Annual statistical returns and brief notes on vaccination in Bengal - 1909-1929
Year: 1909
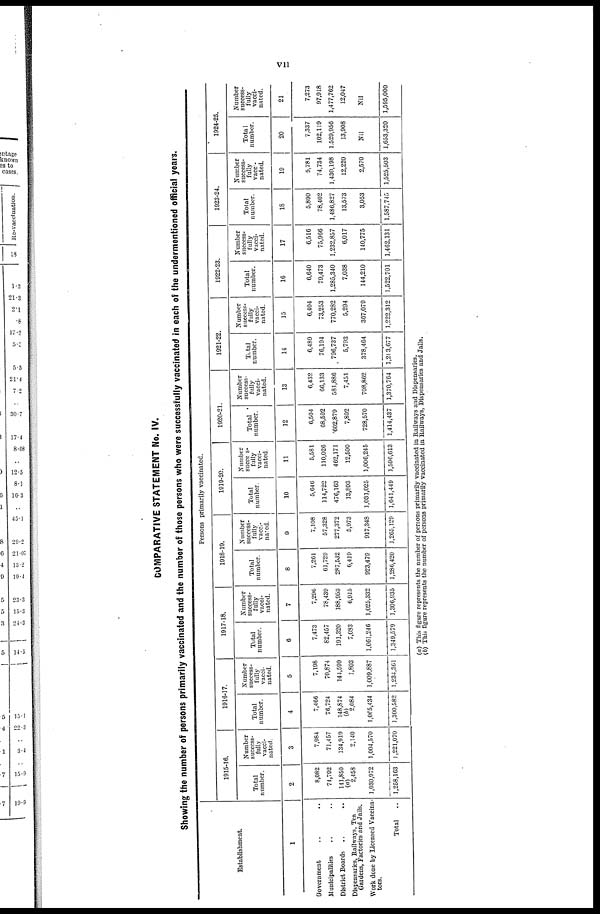
vii
COMPARATIVE STATEMENT No. IV.
Showing the number of persons primarily vaccinated and the number of those persons who were successfully vaccinated in each of the undermentioned official years.
Establishment.
1
Government .. ..
Municipalities .. ..
District Boards .. ..
Dispensaries, Railways, Tea
Gardens, Factories and Jails.
Work done by Licensed Vaccina-
tors.
Total
..
Persons primarily vaccinated.
1915-16.
Total
number.
2
8,082
74,792
141,859
(a)
2,458
1,030,972
1,258,163
Number
success-
fully
vacci-
nated.
3
7,984
71,457
134,919
2,140
1,004,570
1,221,070
1916-17.
Total
number.
4
7,466
76,724
148,874
(b)
2,084
1,065,434
1,300,582
Number
success-
fully
vacci-
nated.
5
7,198
70,874
144,599
1,803
1,009,887
1,234,301
1917-18.
Total
number.
6
7,473
82,457
191,320
7,083
1,061,246
1,349,579
Number
success-
fully
vacci-
nated.
7
7,296
78,439
188,953
6,915
1,025,332
1,306,935
1918-19.
Total
number.
8
7,261
61,729
287,532
6,419
923,479
1,286,420
Number
success-
fully
vacci-
nated.
9
7,108
57,328
277,372
5,973
917,348
1,265,129
1919-20.
Total
number.
10
5,646
114,722
476,163
13,893
1,031,025
1,641,449
Number
success¬
fully
vacci-
nated.
11
5,581
110,026
462,171
12,590
1,006,245
1,596,613
1920-21.
Total
number.
12
6,504
68,592
602,879
7,892
728,570
1,414,437
Number
success-
fully
vacci-
nated.
13
6,432
66,133
581,886
7,451
708,862
1,370,764
1921-22.
Total
number.
14
6,489
76,194
796,737
6,793
378,464
1,203,677
Number
success-
fully
vacci-
nated.
15
6,404
73,253
770,282
5,294
367,079
1,222,312
1922-23.
Total
number.
16
6,640
79,473
1,285,340
7,038
144,210
1,522,701
Number
success-
fully
vacci-
nated.
17
6,516
75,966
1,232,857
6,017
140,775
1,462,131
1923-24.
Total
number.
18
5,890
78,402
1,486,827
13,573
3,053
1,587,745
Number
success-
fully
vacci¬
nated.
19
5,781
74,734
1,430,198
12,220
2,570
1,525,503
1924-25.
Total
number.
20
7,337
102,119
1,529,956
13,908
Nil
1,653,320
Number
success-
fully
vacci-
nated.
21
7,273
97,918
1,477,762
12,047
Nil
1,595,000
(a) This figure represents the number of persons primarily vaccinated in Railways and Dispensaries.
(b) This figure represents the number of persons primarily vaccinated in Railways, Dispensaries and Jails.